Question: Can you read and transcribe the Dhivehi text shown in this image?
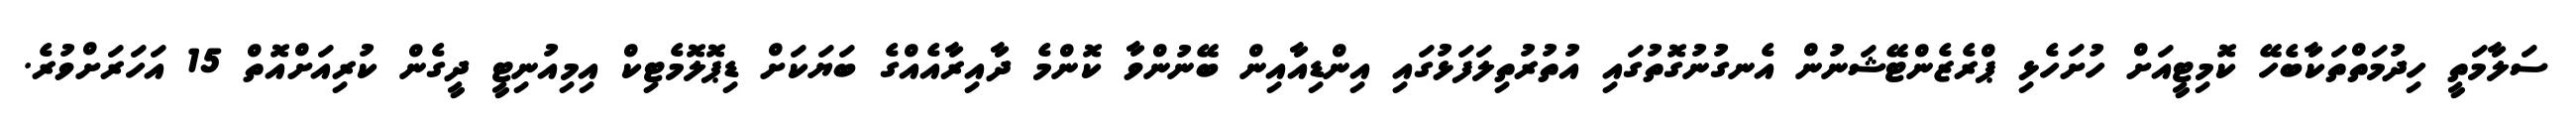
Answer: ސަލާމަތީ ހިދުމަތްތަކާބެހޭ ކޮމިޓީއަށް ހުށަހެޅި ޕްރެޒެންޓޭޝަނުން އެނގުނުގޮތުގައި އުތުރުތިލަފަޅުގައި އިންޑިއާއިން ބޭނުންވާ ކޮންމެ ދާއިރާއެއްގެ ބަޔަކަށް ޑިޕޮލޮމެޓިކް އިމިއުނިޓީ ދީގެން ކުރިއަށްއޮތް 15 އަހަރަށްވުރެ.